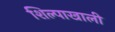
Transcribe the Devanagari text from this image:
शिल्पाखाली